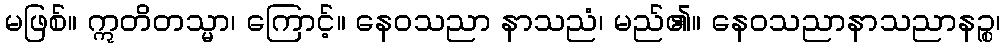
မဖြစ်။ ဣတိတသ္မာ၊ ကြောင့်။ နေဝသညာ နာသညံ၊ မည်၏။ နေဝသညာနာသညာနဉ္စ၊